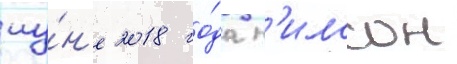
иу́н'е 2018 го́да н'илссон